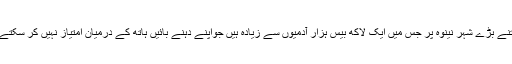
جس نے یوناہ نبی کو کہا تھا ’’ کیا مجھے لازم نہ تھا کہ میں اتنے بڑے شہر نینوہ پر جس میں ایک لاکھ بیس ہزار آدمیوں سے زیادہ ہیں جواپنے دہنے بائیں ہاتھ کے درمیان امتیاز نہیں کر سکتے اور مویشی بھی بہت ہیں شفقت نہ کروں‘‘ یوناہ ۴ باب ۱۱ آیت۔